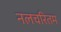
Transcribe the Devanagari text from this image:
नलचरितम